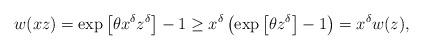
LaTeX: \begin{align*}w(xz)=\exp\left[\theta x^\delta z^\delta\right]-1\ge x^\delta\left(\exp\left[\theta z^\delta\right]-1\right)=x^\delta w(z),\end{align*}